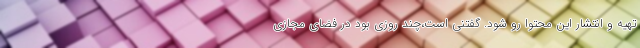
تهیه و انتشار این محتوا رو شود. گفتنی است،چند روزی بود در فضای مجازی